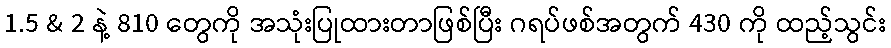
1.5 & 2 နဲ့ 810 တွေကို အသုံးပြုထားတာဖြစ်ပြီး ဂရပ်ဖစ်အတွက် 430 ကို ထည့်သွင်း